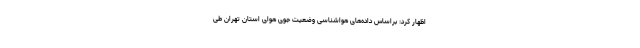
اظهار کرد: براساس داده‌های هواشناسی وضعیت جوی هوای استان تهران طی